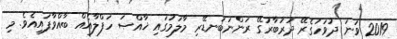
2019 ވަނަ ދުވަހުގެރޭ ދަރުބާރުގޭ ރަންނަބަނޑޭރި މާލަމުގައި ޚާއްޞަ ހަފްލާއެއް ބާއްވާފައިއެވެ. މި